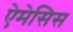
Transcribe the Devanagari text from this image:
ऐमेसिस